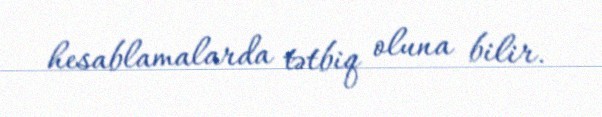
hesablamalarda tətbiq oluna bilir.